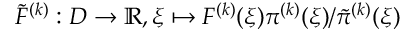
\widetilde { F } ^ { ( k ) } : D \to \mathbb { R } , \xi \mapsto F ^ { ( k ) } ( \xi ) \pi ^ { ( k ) } ( \xi ) / \tilde { \pi } ^ { ( k ) } ( \xi )